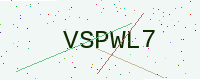
Text: VSPWL7